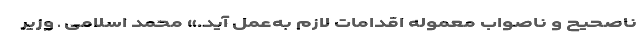
ناصحیح و ناصواب معموله اقدامات لازم به‌عمل آید.» محمد اسلامی ـ وزیر